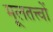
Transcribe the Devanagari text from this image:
मूलतत्त्वों